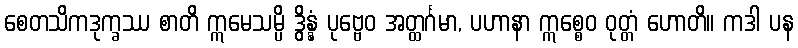
စေတသိကဒုက္ခဿ စာတိ ဣမေသမ္ပိ ဒွိန္နံ ပုဗ္ဗေဝ အတ္ထင်္ဂမာ, ပဟာနာ ဣစ္စေဝ ဝုတ္တံ ဟောတိ။ ကဒါ ပန